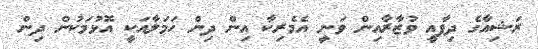
ރަޝިއާގެ ދިފާއީ ވުޒާރާއިން ވަނީ އެމެރިކާ އިން ދިން ހަމަލާއަކީ އޮޅުމަކުން ދިން